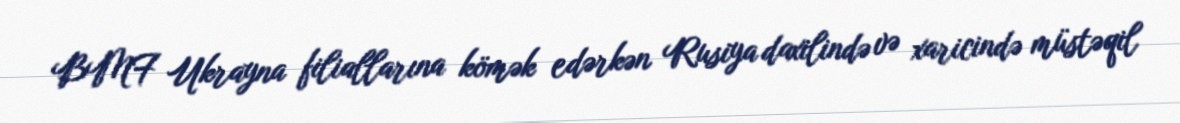
BMF Ukrayna filiallarına kömək edərkən Rusiya daxilində və xaricində müstəqil